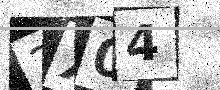
Text: 2X04